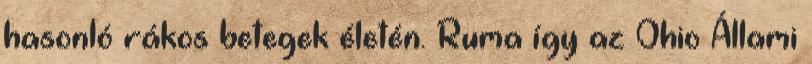
hasonló rákos betegek életén. Ruma így az Ohio Állami